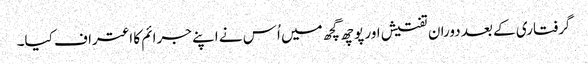
گرفتاری کے بعد دوران تفتیش اور پوچھ گچھ میں اُس نے اپنے جرائم کا اعتراف کیا۔